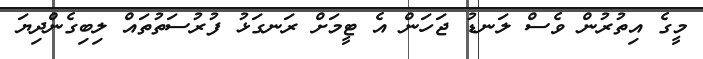
މީގެ އިތުރުން ވެސް ލަނޑު ޖަހަން އެ ޓީމަށް ރަނގަޅު ފުރުސަތުތައް ލިބިގެންދިޔަ